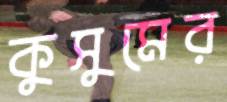
কুসুমের